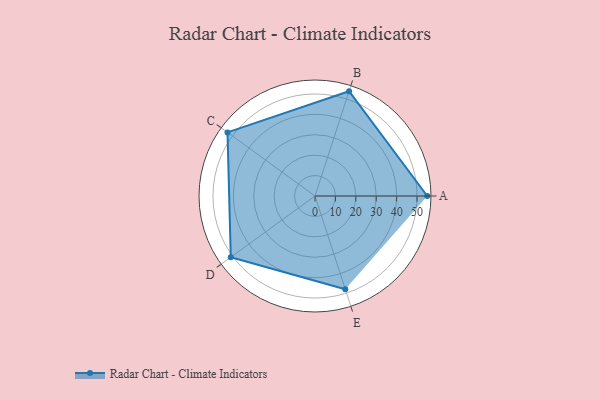
{"axis": {"x": "Skill", "y": "Score"}, "legend": ["Profile"], "data": [{"x": "A", "y": 55.0, "type": "Profile"}, {"x": "B", "y": 54.0, "type": "Profile"}, {"x": "C", "y": 53.0, "type": "Profile"}, {"x": "D", "y": 51.0, "type": "Profile"}, {"x": "E", "y": 48.0, "type": "Profile"}]}